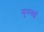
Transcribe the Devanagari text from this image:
मुमबई